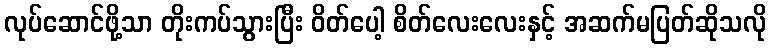
လုပ်ဆောင်ဖို့သာ တိုးကပ်သွားပြီး ဝိတ်ပေါ့ စိတ်လေးလေးနှင့် အဆက်မပြတ်ဆိုသလို